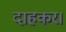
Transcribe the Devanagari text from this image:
दाहकर।